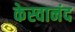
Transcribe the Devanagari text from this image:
केस्वानंद